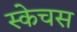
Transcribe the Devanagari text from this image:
स्केचस